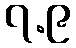
၇.၉